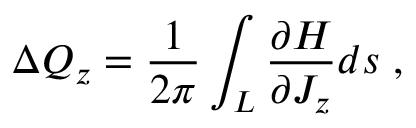
\Delta Q _ { z } = \frac { 1 } { 2 \pi } \int _ { L } \frac { \partial H } { \partial J _ { z } } d s \; ,